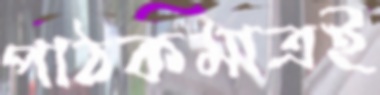
পাঠকমাত্রই